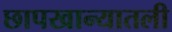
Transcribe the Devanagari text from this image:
छापखान्यातली